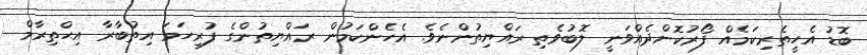
ބޮޑު އެހީތެރިކަމެއް ފޯރުކޮށްދެއްވަނީ ލޮބުވެތި ރައްޔިތުންނެވެ. އެހެންކަމުން ރައްޔިތުންގެ ފުރިހަމަ އިތުބާރާ އިޙްތިރާމް